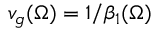
v _ { g } ( \Omega ) = 1 / \beta _ { 1 } ( \Omega )